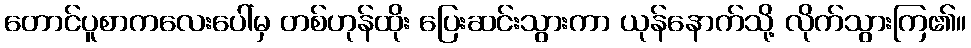
တောင်ပူစာကလေးပေါ်မှ တစ်ဟုန်ထိုး ပြေးဆင်းသွားကာ ယုန်နောက်သို့ လိုက်သွားကြ၏။